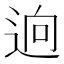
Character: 逈